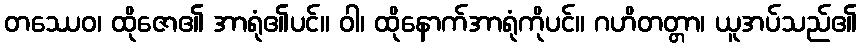
တဿေဝ၊ ထိုဇော၏ အာရုံ၏ပင်။ ဝါ၊ ထိုနောက်အာရုံကိုပင်။ ဂဟိတတ္တာ၊ ယူအပ်သည်၏